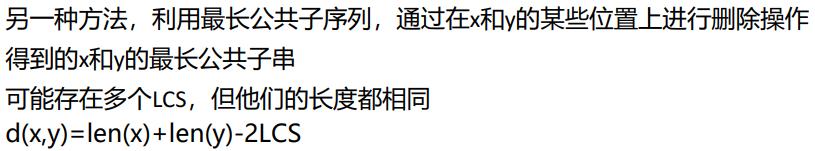
另一种方法，利用最长公共子序列，通过在x和y的某些位置上进行删除操作得到的x和y的最长公共子串
可能存在多个LCS，但他们的长度都相同
d(x,y)=len(x)+len(y)-2LCS